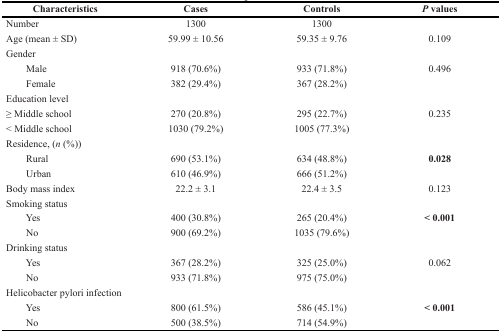
<table><thead><tr><td><b>Characteristics</b></td><td><b>Cases</b></td><td><b>Controls</b></td><td><b><i>P</i> values</b></td></tr></thead><tbody><tr><td>Number</td><td>1300</td><td>1300</td><td></td></tr><tr><td>Age (mean ± SD)</td><td>59.99 ± 10.56</td><td>59.35 ± 9.76</td><td>0.109</td></tr><tr><td>Gender</td><td></td><td></td><td></td></tr><tr><td> Male</td><td>918 (70.6%)</td><td>933 (71.8%)</td><td>0.496</td></tr><tr><td> Female</td><td>382 (29.4%)</td><td>367 (28.2%)</td><td></td></tr><tr><td>Education level</td><td></td><td></td><td></td></tr><tr><td>≥ Middle school</td><td>270 (20.8%)</td><td>295 (22.7%)</td><td>0.235</td></tr><tr><td>&lt; Middle school</td><td>1030 (79.2%)</td><td>1005 (77.3%)</td><td></td></tr><tr><td>Residence, (<i>n</i> (%))</td><td></td><td></td><td></td></tr><tr><td> Rural</td><td>690 (53.1%)</td><td>634 (48.8%)</td><td><b>0.028</b></td></tr><tr><td> Urban</td><td>610 (46.9%)</td><td>666 (51.2%)</td><td></td></tr><tr><td>Body mass index</td><td>22.2 ± 3.1</td><td>22.4 ± 3.5</td><td>0.123</td></tr><tr><td>Smoking status</td><td></td><td></td><td></td></tr><tr><td> Yes</td><td>400 (30.8%)</td><td>265 (20.4%)</td><td><b>&lt; 0.001</b></td></tr><tr><td> No</td><td>900 (69.2%)</td><td>1035 (79.6%)</td><td></td></tr><tr><td>Drinking status</td><td></td><td></td><td></td></tr><tr><td> Yes</td><td>367 (28.2%)</td><td>325 (25.0%)</td><td>0.062</td></tr><tr><td> No</td><td>933 (71.8%)</td><td>975 (75.0%)</td><td></td></tr><tr><td>Helicobacter pylori infection</td><td></td><td></td><td></td></tr><tr><td> Yes</td><td>800 (61.5%)</td><td>586 (45.1%)</td><td><b>&lt; 0.001</b></td></tr><tr><td> No</td><td>500 (38.5%)</td><td>714 (54.9%)</td><td></td></tr></tbody></table>